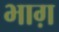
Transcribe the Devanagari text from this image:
भाग़